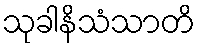
သုခါနိသံသာတိ